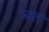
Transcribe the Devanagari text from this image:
उत्तम़